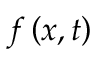
f \left( x , t \right)